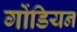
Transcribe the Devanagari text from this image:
गोंडियन